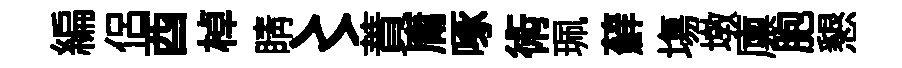
編侣酉棹睛〻蕡庸啄術珮蘚塲墩廪胞懇